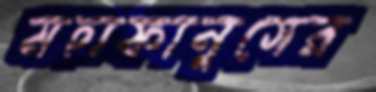
মহাফানুসের